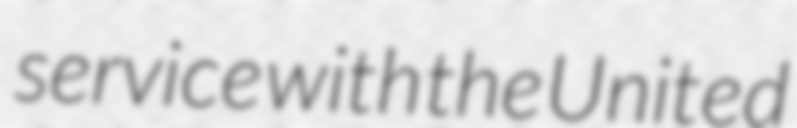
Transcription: service with the United